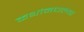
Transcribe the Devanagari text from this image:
कथांमधल्या